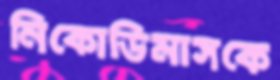
নিকোডিমাসকে